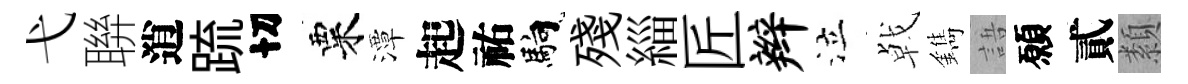
弋聨逍䟽切粟潭起祐馿殘緇匠辫泣㦸鐫語願貳纇